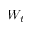
W _ { t }